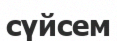
сүйсем